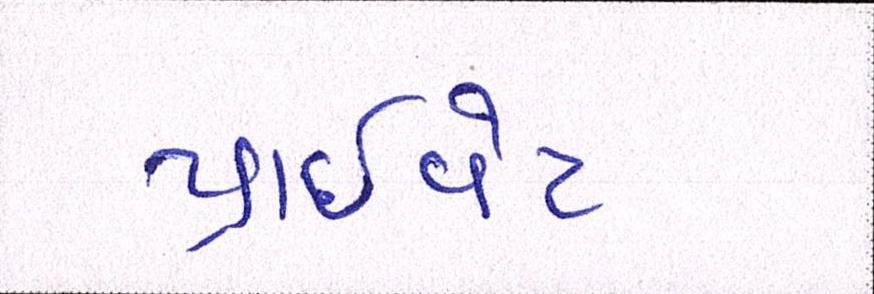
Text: પ્રાઈવેટ